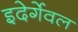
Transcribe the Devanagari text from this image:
इदेर्गेवल